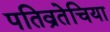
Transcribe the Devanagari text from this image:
पतिव्रतेचिया